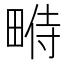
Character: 𤲔